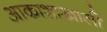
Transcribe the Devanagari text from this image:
आकाशाखाली